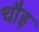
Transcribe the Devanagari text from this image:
चौड़